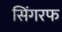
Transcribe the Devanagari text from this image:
सिंगरफ